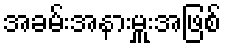
အခမ်းအနားမှူးအဖြစ်